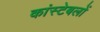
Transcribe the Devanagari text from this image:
कांस्‍टेबलों